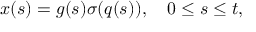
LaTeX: x ( s ) = g ( s ) \sigma ( q ( s ) ) , \quad 0 \le s \le t ,